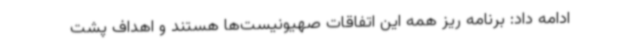
ادامه داد: برنامه ریز همه این اتفاقات صهیونیست‌ها هستند و اهداف پشت